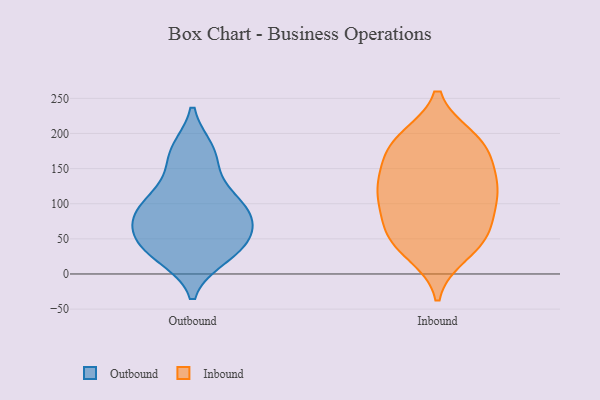
{"axis": {"x": "LTV (USD)", "y": "Value"}, "legend": ["Inbound", "Outbound"], "data": [{"x": "", "y": 25, "type": "Outbound"}, {"x": "", "y": 68, "type": "Outbound"}, {"x": "", "y": 118, "type": "Outbound"}, {"x": "", "y": 90, "type": "Outbound"}, {"x": "", "y": 45, "type": "Outbound"}, {"x": "", "y": 98, "type": "Outbound"}, {"x": "", "y": 86, "type": "Outbound"}, {"x": "", "y": 34, "type": "Outbound"}, {"x": "", "y": 108, "type": "Outbound"}, {"x": "", "y": 40, "type": "Outbound"}, {"x": "", "y": 68, "type": "Outbound"}, {"x": "", "y": 30, "type": "Outbound"}, {"x": "", "y": 176, "type": "Outbound"}, {"x": "", "y": 176, "type": "Outbound"}, {"x": "", "y": 76, "type": "Outbound"}, {"x": "", "y": 159, "type": "Outbound"}, {"x": "", "y": 193, "type": "Inbound"}, {"x": "", "y": 114, "type": "Inbound"}, {"x": "", "y": 53, "type": "Inbound"}, {"x": "", "y": 77, "type": "Inbound"}, {"x": "", "y": 165, "type": "Inbound"}, {"x": "", "y": 52, "type": "Inbound"}, {"x": "", "y": 107, "type": "Inbound"}, {"x": "", "y": 139, "type": "Inbound"}, {"x": "", "y": 193, "type": "Inbound"}, {"x": "", "y": 110, "type": "Inbound"}, {"x": "", "y": 135, "type": "Inbound"}, {"x": "", "y": 39, "type": "Inbound"}, {"x": "", "y": 121, "type": "Inbound"}, {"x": "", "y": 29, "type": "Inbound"}, {"x": "", "y": 183, "type": "Inbound"}, {"x": "", "y": 180, "type": "Inbound"}, {"x": "", "y": 69, "type": "Inbound"}]}